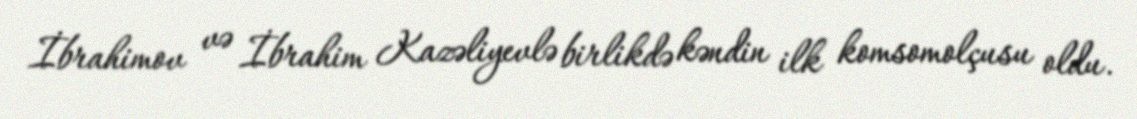
İbrahimov və İbrahim Kazəliyevlə birlikdə kəndin ilk komsomolçusu oldu.